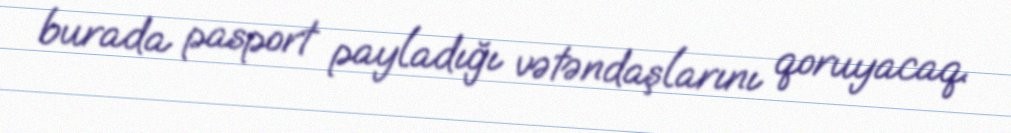
burada pasport payladığı vətəndaşlarını qoruyacaq.